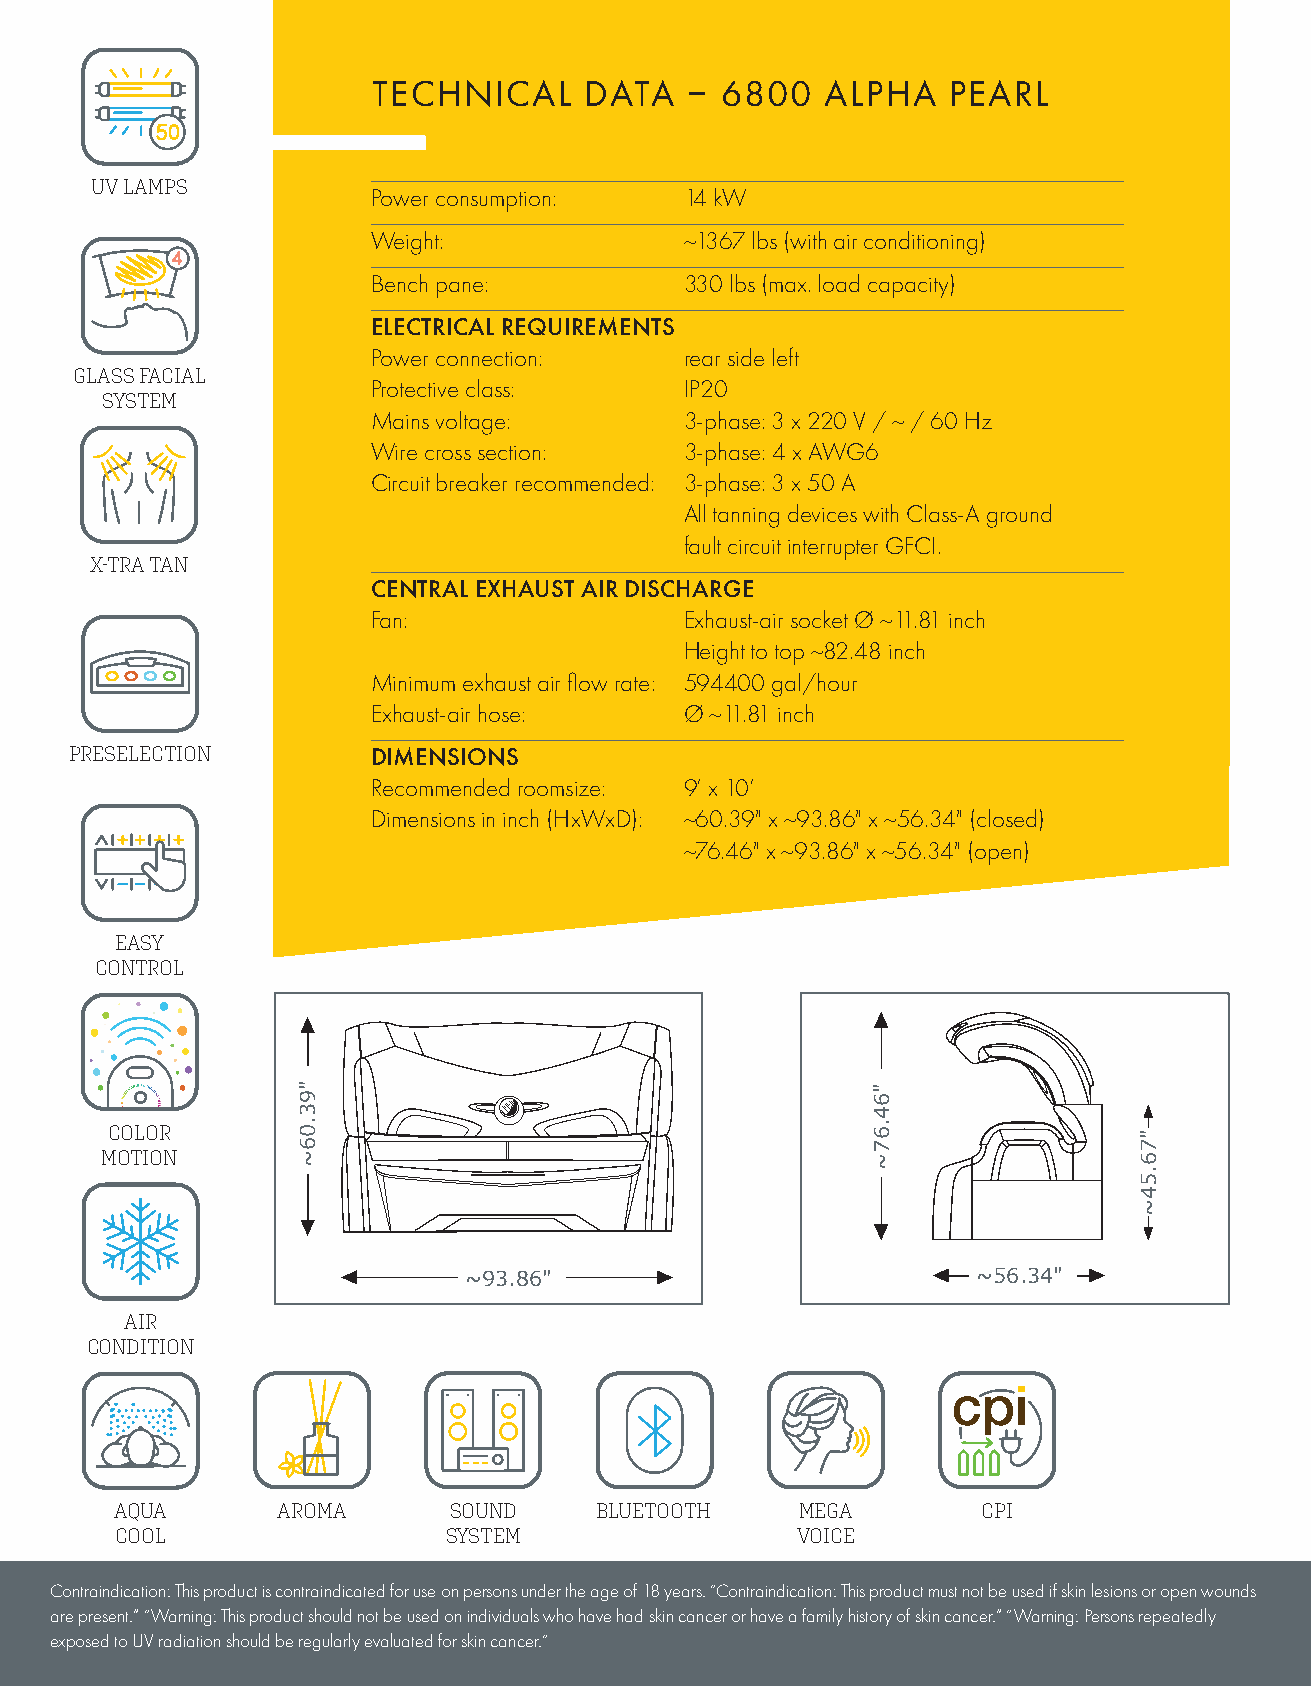
TECHNICAL     DATA  –  6800   ALPHA   PEARL
 UV LAMPS
 Power consumption:  14 kW
 Weight:             ~1367 lbs (with air conditioning)
 Bench pane:         330 lbs (max. load capacity)
 ELECTRICAL REQUIREMENTS
 Power connection:   rear side left
 GLASS FACIAL
 Protective class:   IP20
 SYSTEM
 Mains voltage:      3-phase: 3 x 220 V / ~ / 60 Hz
 Wire cross section: 3-phase: 4 x AWG6
 Circuit breaker recommended: 3-phase: 3 x 50 A
 All tanning devices with Class-A ground
 fault circuit interrupter GFCI.
 X-TRA TAN
 CENTRAL EXHAUST AIR DISCHARGE
 Fan:                Exhaust-air socket Ø ~11.81 inch
 Height to top ~82.48 inch
 Minimum exhaust air flow rate: 594400 gal/hour
 Exhaust-air hose:   Ø ~11.81 inch
 PRESELECTION        DIMENSIONS
 Recommended roomsize: 9‘ x 10‘
 Dimensions in inch (HxWxD): ~60.39" x ~93.86" x ~56.34" (closed)
 ~76.46" x ~93.86" x ~56.34" (open)
 EASY
 CONTROL
 COLOR
 MOTION
 ~93.86"                           ~56.34"
 AIR
 CONDITION
 AQUA      AROMA       SOUND    BLUETOOTH     MEGA        CPI
 COOL                 SYSTEM                  VOICE
 Contraindication: This product is contraindicated for use on persons under the age of 18 years. “Contraindication: This product must not be used if skin lesions or open wounds
 are present.” “Warning: This product should not be used on individuals who have had skin cancer or have a family history of skin cancer.” “Warning: Persons repeatedly
 exposed to UV radiation should be regularly evaluated for skin cancer.“
 "93.06~                               "64.67~
 "76.54~